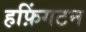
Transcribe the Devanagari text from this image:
हफ़िंगटन